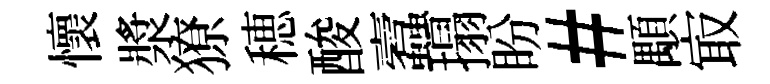
懷漿獠穂酸蠧搨盼#顒㝡